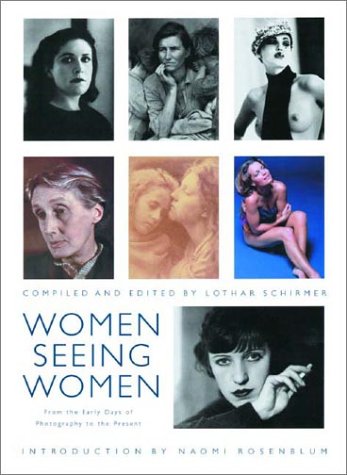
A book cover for Women Seeing Women: From the Early Days of Photography to the Present; Arts & Photography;